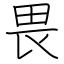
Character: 畏